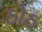
ઠોઠ